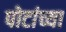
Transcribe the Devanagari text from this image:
पोटांच्या